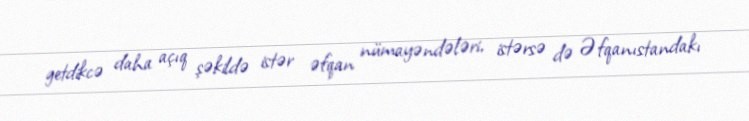
getdikcə daha açıq şəkildə istər əfqan nümayəndələri, istərsə də Əfqanıstandakı